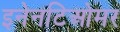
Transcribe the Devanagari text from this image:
इनेनटिओमर